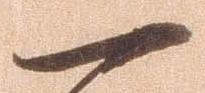
一